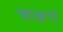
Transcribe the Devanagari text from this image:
कब्रएं